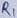
Text: R1